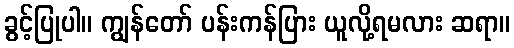
ခွင့်ပြုပါ။ ကျွန်တော် ပန်းကန်ပြား ယူလို့ရမလား ဆရာ။